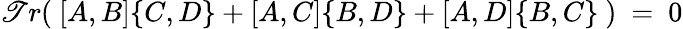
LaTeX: \mathscr{T}r(\ [A,B]\{ C,D\} +[A,C]\{ B,D\} +[A,D]\{ B,C\} \ )\ =\ 0